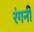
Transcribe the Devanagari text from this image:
रंगनी